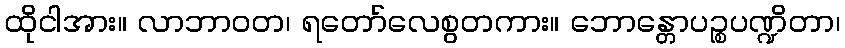
ထိုငါအား။ လာဘာဝတ၊ ရတော်လေစွတကား။ ဘောန္တောပဉ္စပဏ္ဍိတာ၊